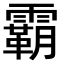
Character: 霸